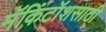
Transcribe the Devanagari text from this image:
मॅकिंटॉशसाठी